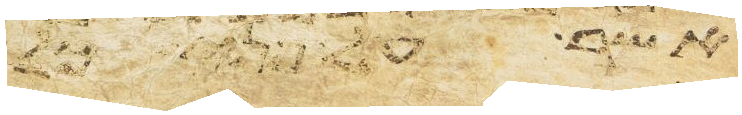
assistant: אשר על פני כל